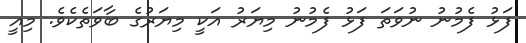
ފަޅު ފެމުނު ނުވަތަ ފަޅު ފެމުނު މިޔަރު އަކީ މިޔަރުގެ ބާވަތެކެވެ. މިއީ